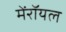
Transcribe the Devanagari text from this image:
मेंरॉयल